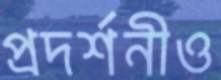
প্রদর্শনীও